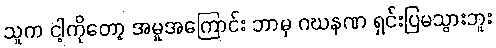
သူက ငါ့ကိုတော့ အမှုအကြောင်း ဘာမှ ဂဃနဏ ရှင်းပြမသွားဘူး